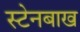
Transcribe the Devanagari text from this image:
स्टेनबाख